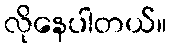
လိုနေပါတယ်။